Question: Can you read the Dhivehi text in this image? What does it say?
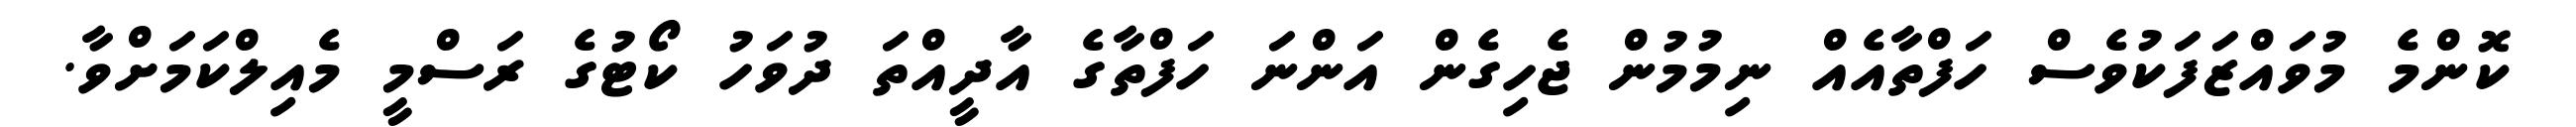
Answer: ކޮންމެ މުވައްޒަފަކުވެސް ހަފްތާއެއް ނިމުމުން ޖެހިގެން އަންނަ ހަފްތާގެ އާދީއްތަ ދުވަހު ކޯޓުގެ ރަސްމީ މެއިލްކަމަށްވާ.